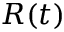
R ( t )